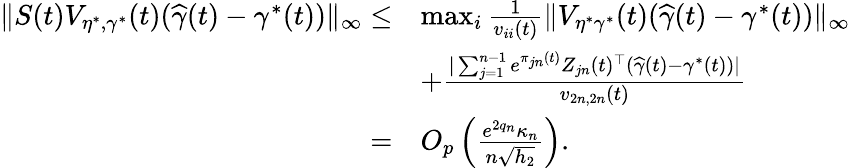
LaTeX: \begin{array}{rl}{\| S(t)V_{\eta^{*},\gamma^{*}}(t)(\widehat{\gamma}(t)-\gamma^{*}(t))\| _{\infty}\le}&{\operatorname*{max}_{i}\frac{1}{v_{ii}(t)}\| V_{\eta^{*}\gamma^{*}}(t)(\widehat{\gamma}(t)-\gamma^{*}(t))\| _{\infty}}\\ &{+\frac{|\sum_{j=1}^{n-1}e^{\pi_{jn}(t)}Z_{jn}(t)^{\top}(\widehat{\gamma}(t)-\gamma^{*}(t))|}{v_{2n,2n}(t)}}\\ {=}&{O_{p}\left(\frac{e^{2q_{n}}\kappa_{n}}{n\sqrt{h_{2}}}\right).}\end{array}